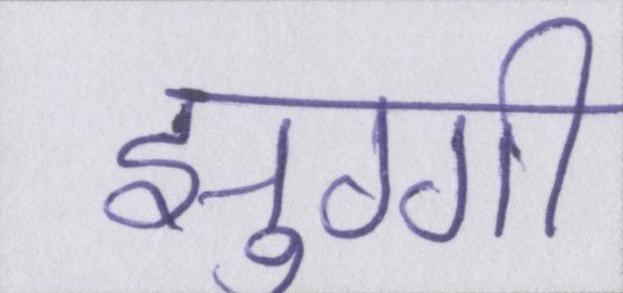
झुग्गी